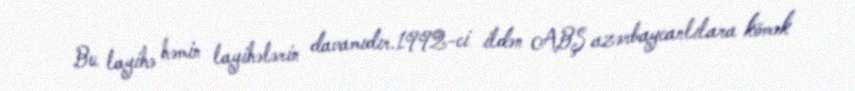
Bu layihə həmin layihələrin davamıdır.1992-ci ildən ABŞ azərbaycanlılara kömək